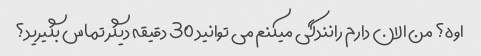
اوه؟ من الان دارم رانندگی میکنم می توانید 30 دقیقه دیگر تماس بگیرید؟